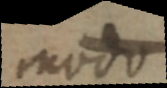
modo